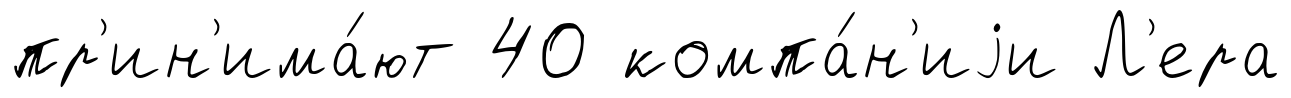
пр'ин'има́ют 40 компа́н'иjи Л'ера